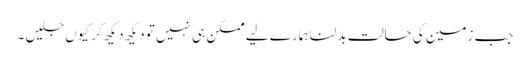
جب زمین کی حالت بدلنا ہمارے لیے ممکن ہی نہیں تو دیکھ دیکھ کر کیوں جلیں ۔